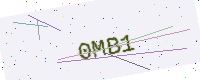
Text: 0MB1